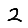
Digit: 2